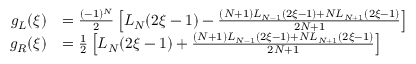
\begin{array} { r l } { g _ { L } ( \xi ) } & { = \frac { ( - 1 ) ^ { N } } { 2 } \left[ L _ { N } ( 2 \xi - 1 ) - \frac { ( N + 1 ) L _ { N - 1 } ( 2 \xi - 1 ) + N L _ { N + 1 } ( 2 \xi - 1 ) } { 2 N + 1 } \right] } \\ { g _ { R } ( \xi ) } & { = \frac { 1 } { 2 } \left[ L _ { N } ( 2 \xi - 1 ) + \frac { ( N + 1 ) L _ { N - 1 } ( 2 \xi - 1 ) + N L _ { N + 1 } ( 2 \xi - 1 ) } { 2 N + 1 } \right] } \end{array}